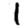
Digit: 1